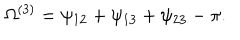
\Omega ^ { ( 3 ) } = \psi _ { 1 2 } + \psi _ { 1 3 } + \psi _ { 2 3 } - \pi .